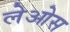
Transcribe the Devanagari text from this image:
लेओस